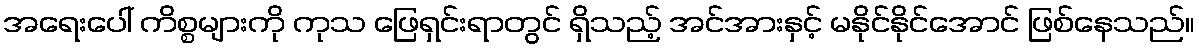
အရေးပေါ် ကိစ္စများကို ကုသ ဖြေရှင်းရာတွင် ရှိသည့် အင်အားနှင့် မနိုင်နိုင်အောင် ဖြစ်နေသည်။